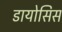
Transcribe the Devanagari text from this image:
डायोसिस